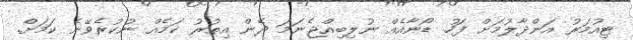
ޓިއުމަރު އަންދާލުމަށް ފަހު ޑޯނާއެއް ނުލިބިއްޖެނަމަ ދެން އިތުރު ކަމެއް ނުކުރެވޭނެ ކަމަށް.